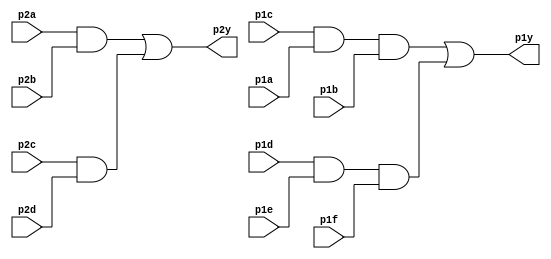
module top_module ( 
    input p1a, p1b, p1c, p1d, p1e, p1f,
    output p1y,
    input p2a, p2b, p2c, p2d,
    output p2y );

wire a1,a2,a3,a4;
    assign a1=p2a&p2b;
    assign a2=p2c&p2d;
    assign p2y=a1|a2;
    assign a3=p1c&p1a&p1b;
    assign a4=p1d&p1e&p1f;
    assign p1y=a3|a4;
endmodule